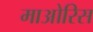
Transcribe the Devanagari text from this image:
माओरिस